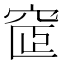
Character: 𥦪